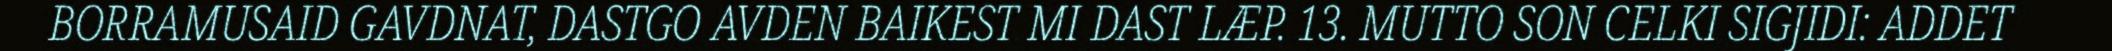
BORRAMUSAID GAVDNAT, DASTGO AVDEN BAIKEST MI DAST LÆP. 13. MUTTO SON CELKI SIGJIDI: ADDET